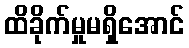
ထိခိုက်မှုမရှိအောင်